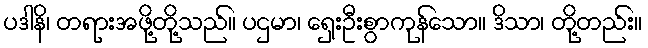
ပဒါနိ၊ တရားအဖို့တို့သည်။ ပဌမာ၊ ရှေးဦးစွာကုန်သော။ ဒိသာ၊ တို့တည်း။